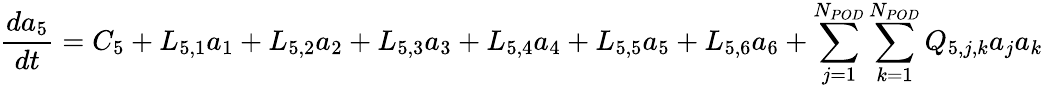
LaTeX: \frac{da_{5}}{dt}=C_{5}+L_{5,1}a_{1}+L_{5,2}a_{2}+L_{5,3}a_{3}+L_{5,4}a_{4}+L_{5,5}a_{5}+L_{5,6}a_{6}+\sum_{j=1}^{N_{POD}}\sum_{k=1}^{N_{POD}}Q_{5,j,k}a_{j}a_{k}